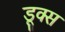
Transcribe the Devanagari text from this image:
डूक्स